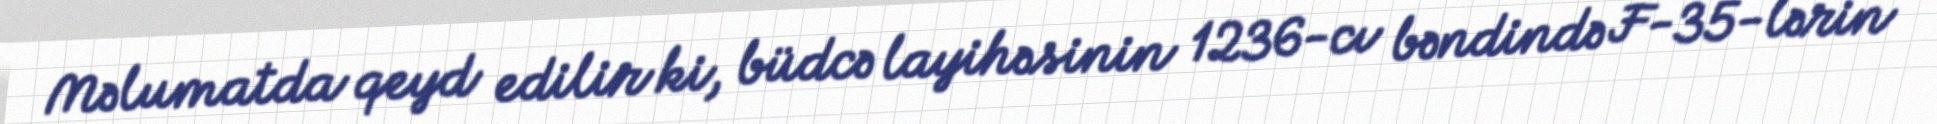
Məlumatda qeyd edilir ki, büdcə layihəsinin 1236-cı bəndində F-35-lərin